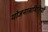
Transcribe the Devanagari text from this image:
योजनासमितियों